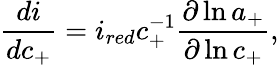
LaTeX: \frac{di}{dc_{+}}=i_{red}c_{+}^{-1}\frac{\partial\ln{a_{+}}}{\partial\ln{c_{+}}},